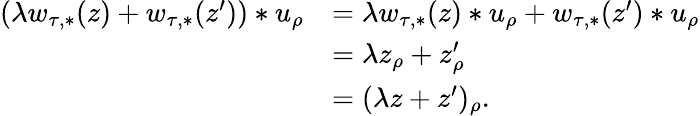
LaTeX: \begin{array}{rl}{(\lambda w_{\tau,*}(z)+w_{\tau,*}(z^{\prime}))*u_{\rho}}&{=\lambda w_{\tau,*}(z)*u_{\rho}+w_{\tau,*}(z^{\prime})*u_{\rho}}\\ &{=\lambda z_{\rho}+z_{\rho}^{\prime}}\\ &{=(\lambda z+z^{\prime})_{\rho}.}\end{array}